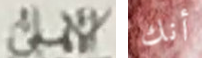
الأهلى أنك